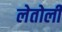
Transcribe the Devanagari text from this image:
लेतोली